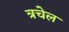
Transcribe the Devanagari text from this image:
त्रचेल